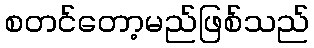
စတင်တော့မည်ဖြစ်သည်